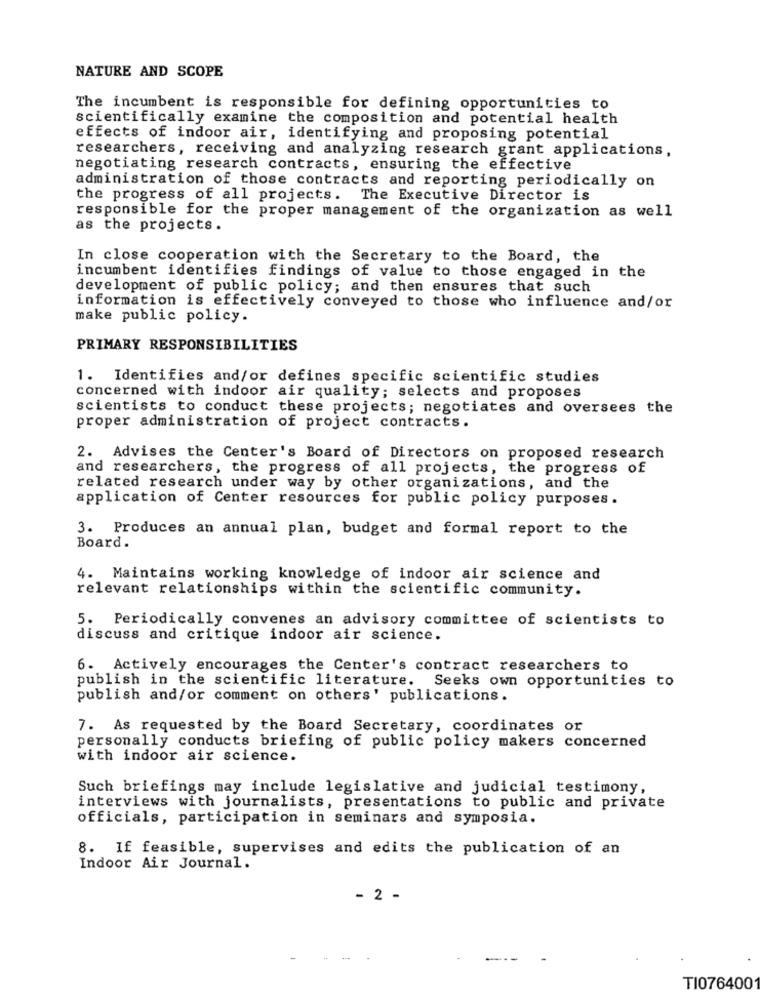
NATURE AND SCOPE
The incumbent is responsible for defining opportunities to
scientifically examine the composition and potential health
effects of indoor air, identifying and proposing potential
researchers, receiving and analyzing research grant applications,
negotiating research contracts, ensuring the effective
administration of those contracts and reporting periodically on
the progress of all projects. The Executive Director is
responsible for the proper management of the organization as well
as the projects.
In close cooperation with the Secretary to the Board, the
incumbent identifies findings of value to those engaged in the
development of public policy; and then ensures that such
information is effectively conveyed to those who influence and/or
make public policy.
PRIMARY RESPONSIBILITIES
1. Identifies and/or defines specific scientific studies
concerned with indoor air quality; selects and proposes
scientists to conduct these projects; negotiates and oversees the
proper administration of project contracts.
2. Advises the Center's Board of Directors on proposed research
and researchers, the progress of all projects, the progress of
related research under way by other organizations, and the
application of Center resources for public policy purposes.
3. Produces an annual plan, budget and formal report to the
Board.
4. Maintains working knowledge of indoor air science and
relevant relationships within the scientific community.
5. Periodically convenes an advisory committee of scientists to
discuss and critique indoor air science.
6. Actively encourages the Center's contract researchers to
publish in the scientific literature. Seeks own opportunities to
publish and/or comment on others' publications.
7. As requested by the Board Secretary, coordinates or
personally conducts briefing of public policy makers concerned
with indoor air science.
Such briefings may include legislative and judicial testimony,
interviews with journalists, presentations to public and private
officials, participation in seminars and symposia.
8. If feasible, supervises and edits the publication of an
Indoor Air Journal.
- 2 -
TI076400